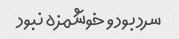
سرد بود و خوشمزه نبود